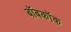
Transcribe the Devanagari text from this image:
बॉबकॉक